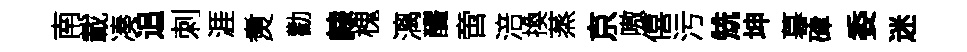
南載凑追刺涯煑勸隷槐漓釅啻涪換蒸京嗷僖污兟坤暮硉委迷